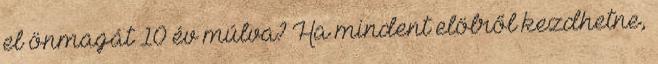
el önmagát 10 év múlva? Ha mindent elölről kezdhetne,